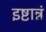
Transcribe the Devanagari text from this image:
इष्टान्नं